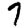
Digit: 7